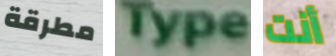
مطرقة Type أنت